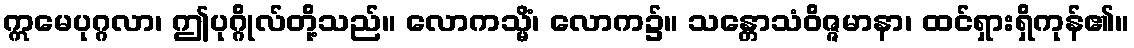
ဣမေပုဂ္ဂလာ၊ ဤပုဂ္ဂိုလ်တို့သည်။ လောကသ္မိံ၊ လောက၌။ သန္တောသံဝိဇ္ဇမာနာ၊ ထင်ရှားရှိကုန်၏။